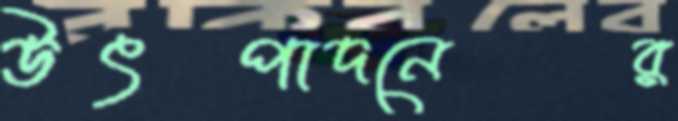
উৎপাদনের